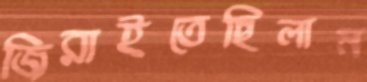
জিরাইতেছিলাম